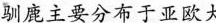
驯鹿主要分布于亚欧大